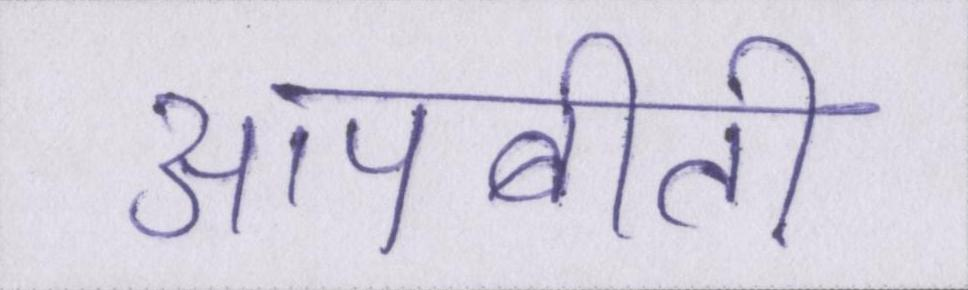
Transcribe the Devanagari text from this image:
आपबीती